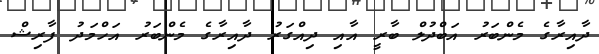
ދާއިރާގެ މެންބަރު އަބްދުލް ބާރީ އާއި ދިއްގަރު ދާއިރާގެ މެންބަރު އަހްމަދު ފާރިޝް